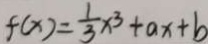
f ( x ) = \frac { 1 } { 3 } x ^ { 3 } + a x + b